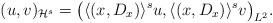
\begin{align*}(u,v)_{\mathcal{H}^s}=\big(\langle (x,D_x) \rangle^su,\langle (x,D_x) \rangle^sv\big)_{L^2}.\end{align*}